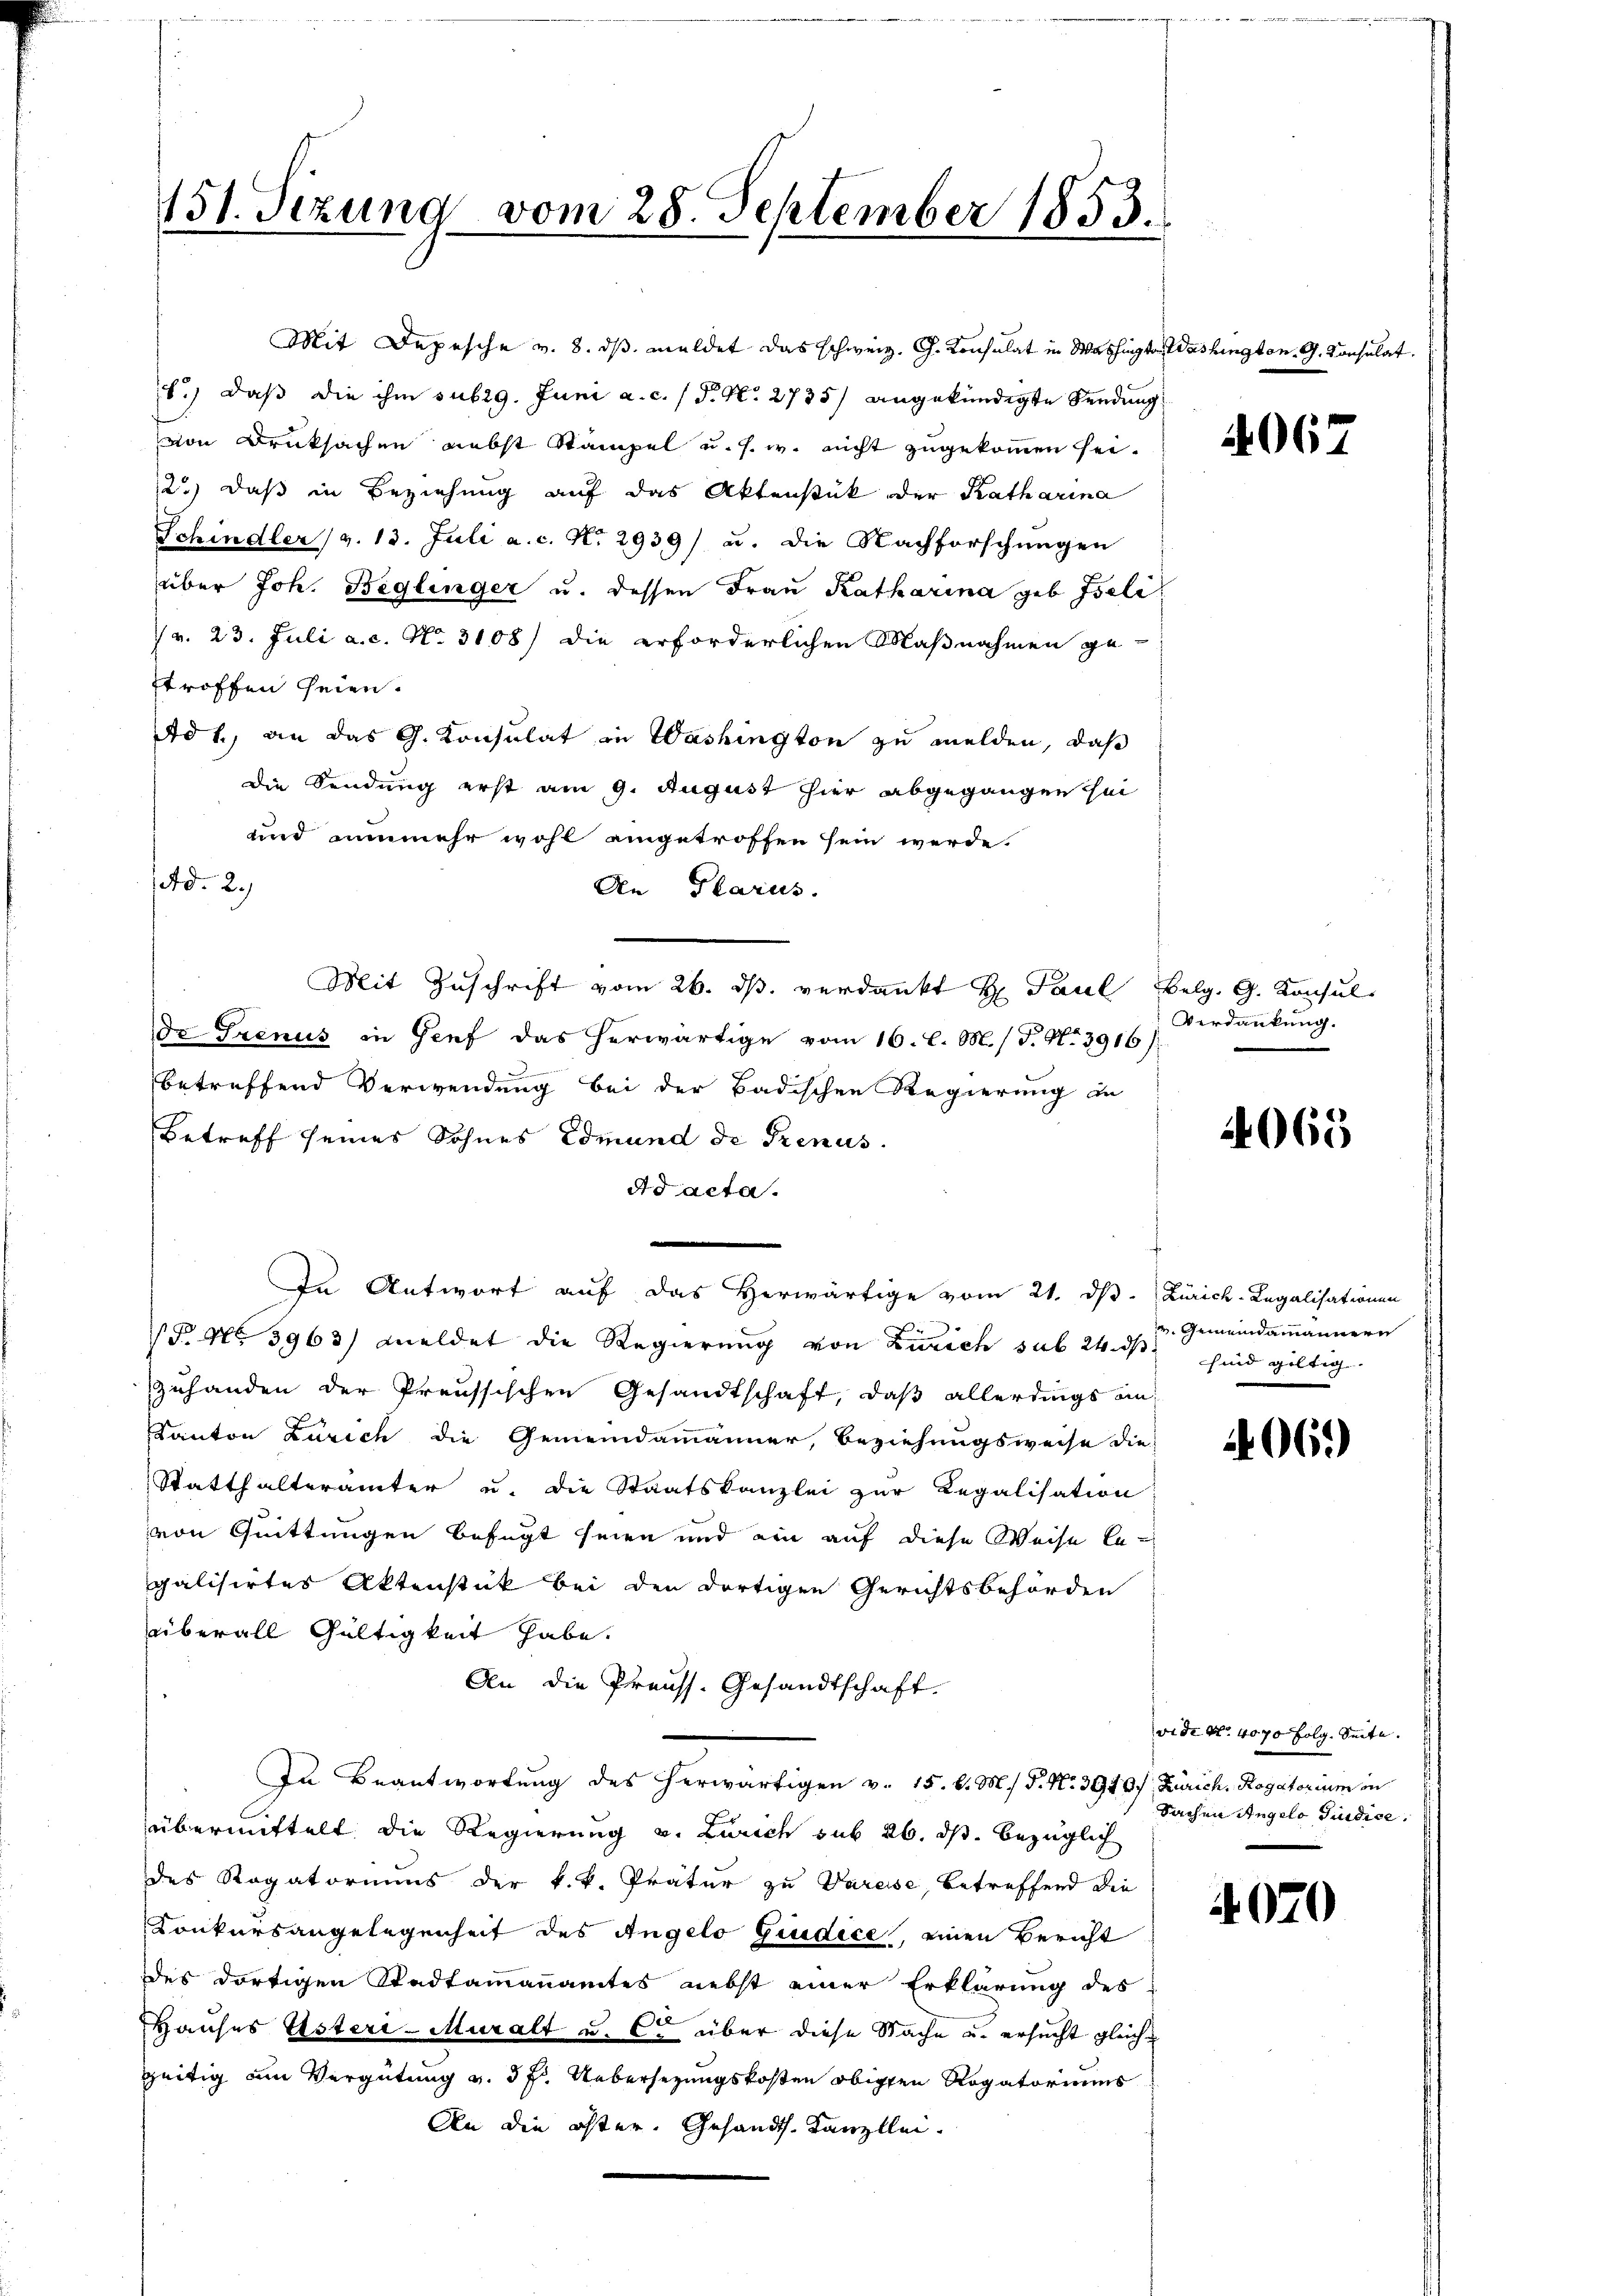
151. Sizung vom 28. September 1853.

Mit Depesche v. 8. ds meldet das schweiz. G. Konsulat in Washington
1.) Daß die ihm sub 29. Juni a.c. (T. N. 2735) angekündigte Sendung
von Drucksachen nebst Stampel u. s. w. nicht zugekommen sei.
2.) daß in Beziehung auf das Aktenstück oder Katharina
Schindler (v. 13. Juli a. c. No 2939) u. die Nachforschungen
über Joh. Beglinger u. dessen Frau Katharina geb. Iseliv. 23. Juli a. c. No. 3108) die erforderlichen Maßnahmen getroffen seien.
Ad 1., an das G. Konsulat in Washington zu melden, daß
die Sendung erst am 9. August hier abgegangen sei
und nunmehr wohl eingetroffen sein werde.
ed. 2.)
An Plarus.
Mit Zuschrift vom 26. ds. verdankt H. Paul Belg. G. Konsul
e
Dr Trenus in Genf das herwärtige vom 16. l. M. h. T. No. 3916)
3
betreffend Verwendung bei der Badischen Regierung zu
Betreff seines Sohnes Edmund de Genus.
Ad acta.
n
In Antwort auf das Herwärtige vom 21. ds. Zürich-Legalisationen
P No. 3963) meldet die Regierung von Zürich sub 24. ds sind giltig
zuhanden der Preussischen Gesandtschaft, daß allerdings an¬
Kanton Zürich die Gemeindammänner, Beziehungsweise die
Statthalterämter u. die Staatskanzlei zur Regalisation
von Quittungen befugt seien und ein auf diese Weise le-
galisirtes Aktenstück bei den dortigen Gerichtsbehörden
überall Gültigkeit habe.
An die Preuss. Gesandtschaft.
In Beantwortung des herwärtigen v. 15. v. M. P. Nr. 3910 f. Zürich, Rogatorium in
übermittelt die Regierung v. Zürich sub 26. ds. bezüglich
des Rogatoriums der k.k. Pratur zu Varese, betreffend die
Konkursangelegenheit des Angelo Giudice, einen Bericht
des dortigen Stadtammannamtes nebst einer Erklärung des
Hauses Usteri-Muralt u. C. über diese Sache u. ersucht gleichzeitig am Vergütung v. 3 f. Uebersezungskosten obigen Rogatoriums
An die öfter. Gesandt. Kanzlei-

Washington G. Konsulat

4067

Verdankung.

4065

v. Gemeindammannen

06.)

vide No. 4070 folg. Seite. |
Sachen Angelo Giudice.

4070